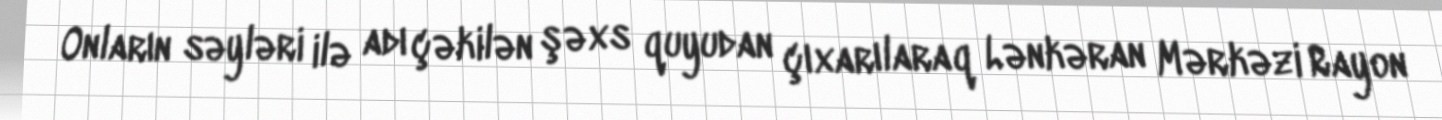
Onların səyləri ilə adı çəkilən şəxs quyudan çıxarılaraq Lənkəran Mərkəzi Rayon